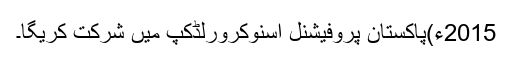
2015ء)پاکستان پروفیشنل اسنوکرورلڈکپ میں شرکت کریگا۔